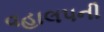
વહાલપની